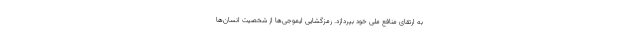
به ارتقای منافع ملی خود بپردازد. رمزگشایی ایموجی‌ها از شخصیت انسان‌ها